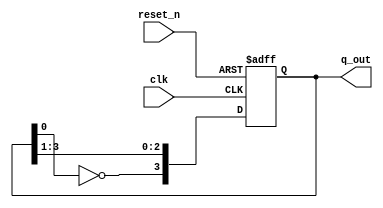
`timescale 1ns / 1ps
//////////////////////////////////////////////////////////////////////////////////
// Company: 
// Engineer: 
// 
// Design Name: 
// Module Name: lab35_johnsoncounter
// Project Name: 
// Target Devices: 
// Tool Versions: 
// Description: 
// 
// Dependencies: 
// 
// Revision:
// Revision 0.01 - File Created
// Additional Comments:
// 
//////////////////////////////////////////////////////////////////////////////////


module lab35_johnsoncounter(
                            input clk,
                            input reset_n,
                            output reg [3:0] q_out
                            );
always @(posedge clk or negedge reset_n)
begin
    if(!reset_n)
        q_out <= 4'b0000;
    else
        q_out <= {~q_out[0], q_out[3:1]};
end
endmodule